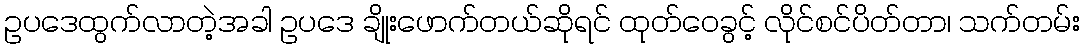
ဥပဒေထွက်လာတဲ့အခါ ဥပဒေ ချိုးဖောက်တယ်ဆိုရင် ထုတ်ဝေခွင့် လိုင်စင်ပိတ်တာ၊ သက်တမ်း